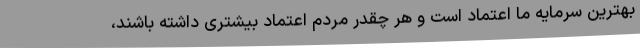
بهترین سرمایه ما اعتماد است و هر چقدر مردم اعتماد بیشتری داشته باشند،